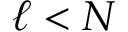
\ell < N